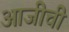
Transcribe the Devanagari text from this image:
आजीची